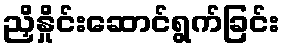
ညှိနှိုင်းဆောင်ရွက်ခြင်း